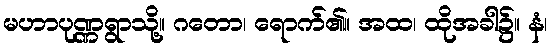
မဟာပုဏ္ဏရွာသို့။ ဂတော၊ ရောက်၏။ အထ၊ ထိုအခါ၌။ နံ၊